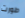
طورت